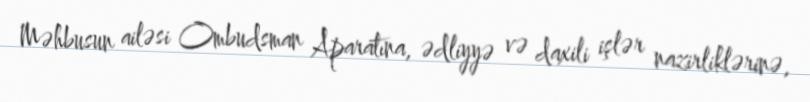
Məhbusun ailəsi Ombudsman Aparatına, ədliyyə və daxili işlər nazirliklərinə,